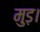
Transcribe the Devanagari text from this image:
मुड़।